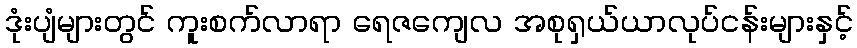
ဒုံးပျံများတွင် ကူးစက်လာရာ ရေဇကျေလ အစုရှယ်ယာလုပ်ငန်းများနှင့်